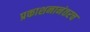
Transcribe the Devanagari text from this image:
प्रकाशनानंतरच